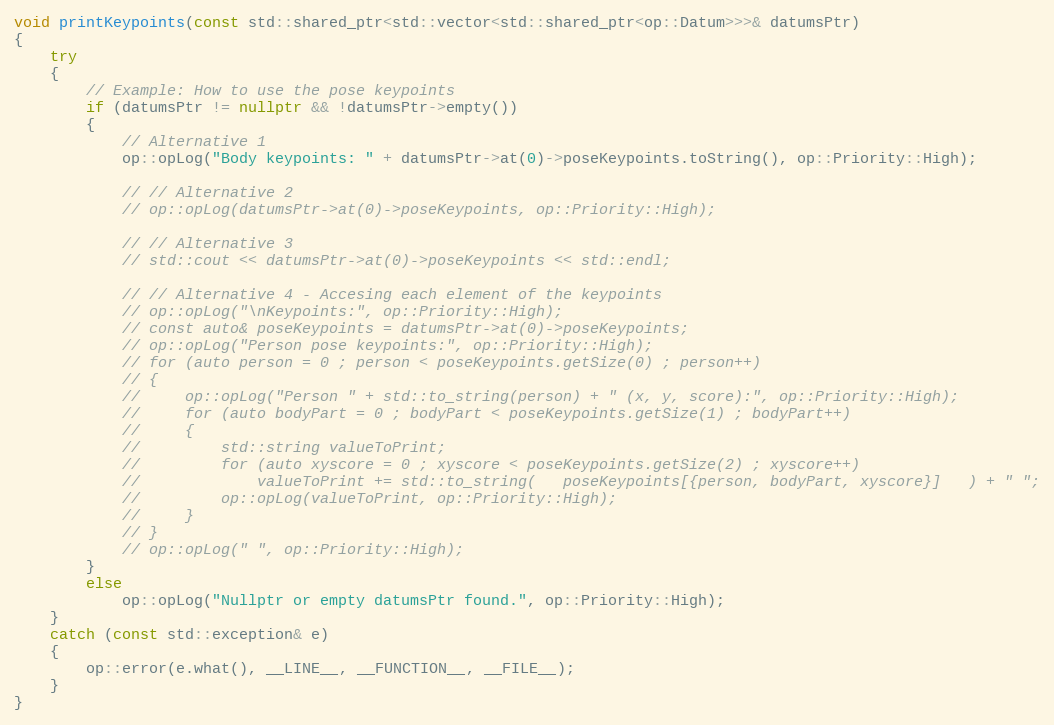
Language: C++
void printKeypoints(const std::shared_ptr<std::vector<std::shared_ptr<op::Datum>>>& datumsPtr)
{
    try
    {
        // Example: How to use the pose keypoints
        if (datumsPtr != nullptr && !datumsPtr->empty())
        {
            // Alternative 1
            op::opLog("Body keypoints: " + datumsPtr->at(0)->poseKeypoints.toString(), op::Priority::High);

            // // Alternative 2
            // op::opLog(datumsPtr->at(0)->poseKeypoints, op::Priority::High);

            // // Alternative 3
            // std::cout << datumsPtr->at(0)->poseKeypoints << std::endl;

            // // Alternative 4 - Accesing each element of the keypoints
            // op::opLog("\nKeypoints:", op::Priority::High);
            // const auto& poseKeypoints = datumsPtr->at(0)->poseKeypoints;
            // op::opLog("Person pose keypoints:", op::Priority::High);
            // for (auto person = 0 ; person < poseKeypoints.getSize(0) ; person++)
            // {
            //     op::opLog("Person " + std::to_string(person) + " (x, y, score):", op::Priority::High);
            //     for (auto bodyPart = 0 ; bodyPart < poseKeypoints.getSize(1) ; bodyPart++)
            //     {
            //         std::string valueToPrint;
            //         for (auto xyscore = 0 ; xyscore < poseKeypoints.getSize(2) ; xyscore++)
            //             valueToPrint += std::to_string(   poseKeypoints[{person, bodyPart, xyscore}]   ) + " ";
            //         op::opLog(valueToPrint, op::Priority::High);
            //     }
            // }
            // op::opLog(" ", op::Priority::High);
        }
        else
            op::opLog("Nullptr or empty datumsPtr found.", op::Priority::High);
    }
    catch (const std::exception& e)
    {
        op::error(e.what(), __LINE__, __FUNCTION__, __FILE__);
    }
}